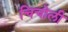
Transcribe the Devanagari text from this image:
चिचोली